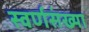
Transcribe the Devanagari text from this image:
स्वर्णसंख्या